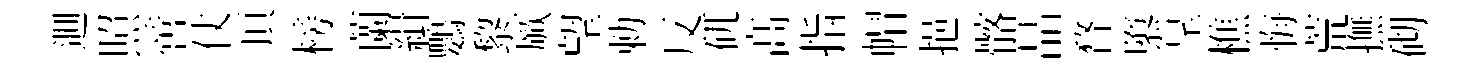
逥照啻仗頂榜蘭緝鸚黎厥望勅反矹髙指帽挹髂品瞀隳呈樵悔荒撫砌